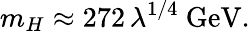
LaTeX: m_{H}\approx 272\, \lambda^{1/4}\ \mathrm{GeV}.